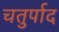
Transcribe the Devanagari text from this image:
चतुर्पाद